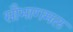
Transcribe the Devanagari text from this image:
सौभागमल